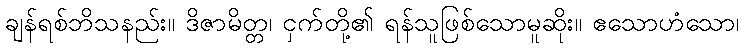
ချန်ရစ်ဘိသနည်း။ ဒိဇာမိတ္တ၊ ငှက်တို့၏ ရန်သူဖြစ်သောမူဆိုး။ ဧသောဟံသော၊